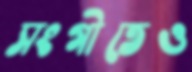
সংগীতেও